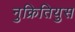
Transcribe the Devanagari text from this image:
नुक्रितियुस